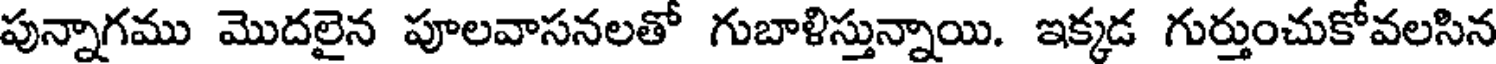
పున్నాగము మొదలైన పూలవాసనలతో గుబాళిస్తున్నాయి. ఇక్కడ గుర్తుంచుకోవలసిన